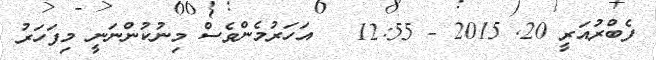
ފެބްރުއަރީ 20